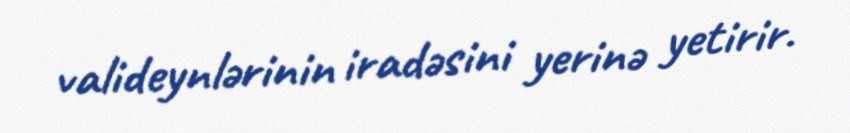
valideynlərinin iradəsini yerinə yetirir.